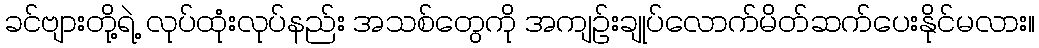
ခင်ဗျားတို့ရဲ့ လုပ်ထုံးလုပ်နည်း အသစ်တွေကို အကျဉ်းချုပ်လောက်မိတ်ဆက်ပေးနိုင်မလား။